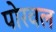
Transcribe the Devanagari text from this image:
पोरवल